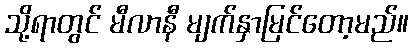
သို့ရာတွင် မီလာနီ မျက်နှာမြင်တော့မည်။